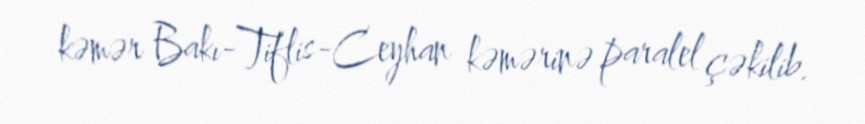
kəmər Bakı-Tiflis-Ceyhan kəmərinə paralel çəkilib.